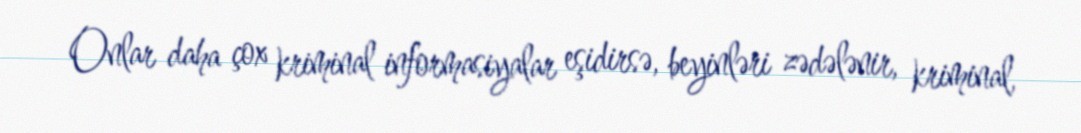
Onlar daha çox kriminal informasiyalar eşidirsə, beyinləri zədələnir, kriminal,